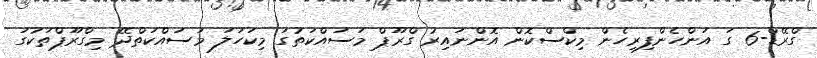
ގްރޭޑް-6 ގަ އަންހެންފިރިހެން މިކްސްކޮން އޮންނައިރު ގްރޫޕް މަސައްކަތުގަ މިކަހަލަ މަސައްކަތްދޭ މިގްރޫޕްތަކުގަ